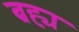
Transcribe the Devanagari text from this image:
ब्रह्य